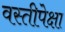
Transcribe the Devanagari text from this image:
वस्तीपेक्षा